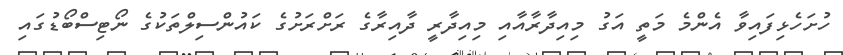
ހުށަހެޅިފައިވާ އެންމެ މަތީ އަގު މިއިދާރާއާއި މިއިދާރީ ދާއިރާގެ ރަށްރަށުގެ ކައުންސިލްތަކުގެ ނޯޓިސްބޯޑުގައި